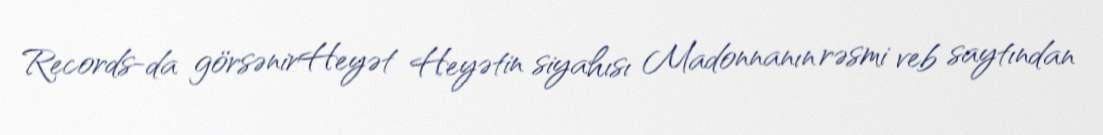
Records-da görsənirHeyət Heyətin siyahısı Madonnanın rəsmi veb saytından